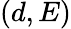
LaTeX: (d,E)